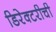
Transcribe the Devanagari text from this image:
डिरेक्टरीची